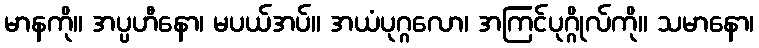
မာနကို။ အပ္ပဟီနော၊ မပယ်အပ်။ အယံပုဂ္ဂလော၊ အကြင်ပုဂ္ဂိုလ်ကို။ သမာနော၊